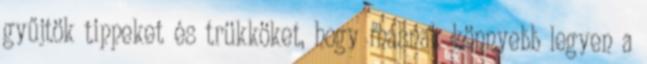
gyűjtök tippeket és trükköket, hogy másnak könnyebb legyen a